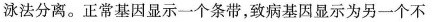
泳法分离。正常基因显示一个条带，致病基因显示为另一个不